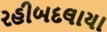
રહીબદલાયા